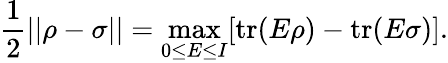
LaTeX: {\frac{1}{2}}||\rho-\sigma||=\operatorname*{max}_{0\leq E\leq I}[\mathrm{{tr}}(E\rho)-\mathrm{{tr}}(E\sigma)].